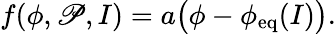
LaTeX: f(\phi,\mathscr{P},I)=a\big(\phi-\phi_{\mathrm{{eq}}}(I)\big).